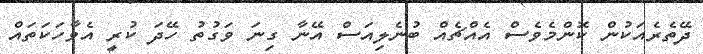
ދޭތެރެއަކުން ކޮންމެވެސް އެއްޗެއް ބުނެލިއަސް އޭނާ ގިނަ ވަގުތު ހޭދަ ކުރީ އެވާހަކަތައް